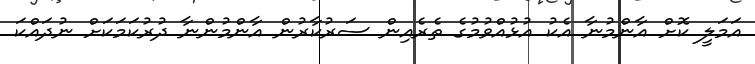
އަމަލީ ކޮށް އާންމުނާ އެކު އުޅުއްވުމުގެ ތެރެއިން ސަރުކާރުން އާންމުންނާ ދުރުކަމަކަށް ނުދައްކަ